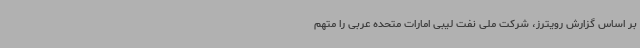
بر اساس گزارش رویترز، شرکت ملی نفت لیبی امارات متحده عربی را متهم